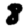
Digit: 8